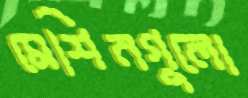
মেশিনগুলো